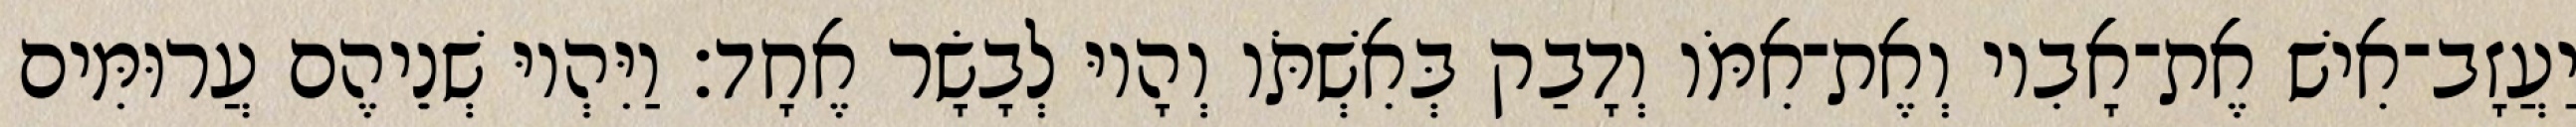
יַעֲזָב־אִישׁ אֶת־אָבִיו וְאֶת־אִמֹּו וְדָבַק בְּאִשְׁתֹּו וְהָיוּ לְבָשָׂר אֶחָד׃ וַיִּהְיוּ שְׁנֵיהֶם עֲרוּמִּים